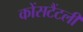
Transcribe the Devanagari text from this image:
कोंसटैंटली